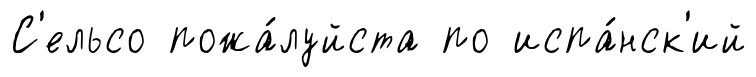
С'ельсо пожа́луйста по испа́нск'ий